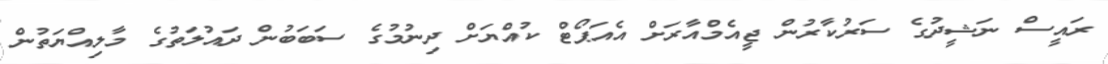
ރައީސް ނަޝީދުގެ ސަރުކާރުން ޖީއެމްއާރަށް އެއަޕޯޓް ކުއްޔަށް ދިނުމުގެ ސަބަބުން ދައުލަތުގެ މާލިއްޔަތުން